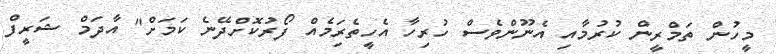
މީހުން ތަމްރީން ކުރުމާއި އެނޫންވެސް ހުރިހާ އެހީތެރިަމެއް ފޯރުކޮށްދޭނެ ކަމަށް" އާދަމް ޝަރީފް